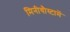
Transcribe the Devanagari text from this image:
मिनीयौस्टामें